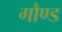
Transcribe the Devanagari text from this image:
गौण्ड